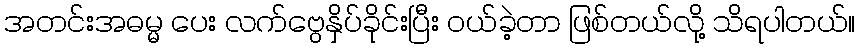
အတင်းအဓမ္မ ပေး လက်ဗွေနှိပ်ခိုင်းပြီး ၀ယ်ခဲ့တာ ဖြစ်တယ်လို့ သိရပါတယ်။